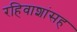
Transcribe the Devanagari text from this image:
रहिवाशांसह